Vaccination in Bombay 1913-1923 - 1913-1923
Year: 1913
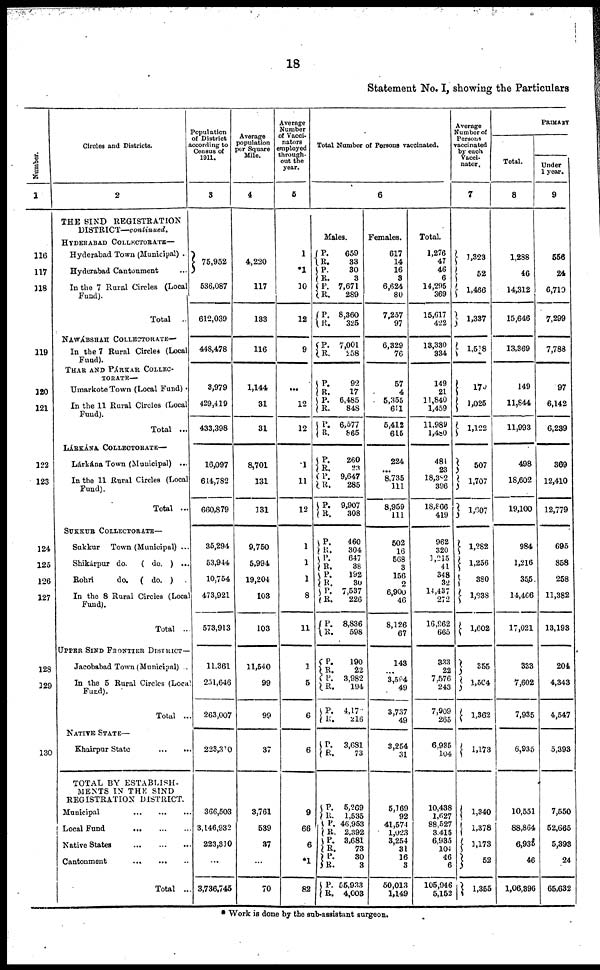
18
Statement No. I, showing the Particulars
Number.
1
116
117
118
119
120
121
122
123
124
125
126
127
128
129
130
Circles and Districts.
2
THE SIND REGISTRATION
DISTRICT—continued.
HYDERABAD COLLECTORATE—
Hyderabad Town (Municipal) ..
Hyderabad Cantonment ...
In the 7 Rural Circles (Local
Fund).
Total ...
NAWÁBSHAH COLLECTORATE—
In the 7 Rural Circles (Local
Fund).
THAR AND PÁRKAR COLLEC-
TORATE—
Umarkote Town (Local Fund) .
In the 11 Rural Circles (Local
Fund).
Total ...
LÁRKÁNA COLLECTORATE—
Lárkána Town (Municipal) ...
In the 11 Rural Circles (Local
Fund).
Total ...
SUKKUR COLLECTORATE—
Sukkur
Town (Municipal) ...
Shikárpur do.
( do. ) ...
Rohri
do.
( do. ) .
In the 8 Rural Circles (Local
Fund).
Total ...
UPPER SIND FRONTIER DISTRICT—
Jacobabad Town (Municipal) ..
In the 5 Rural Circles (Local
Fund).
Total ...
NATIVE STATE—
Khairpur State
...
...
TOTAL BY ESTABLISH-
MENTS IN THE SIND
REGISTRATION DISTRICT.
Municipal
...
...
...
Local Fund
...
...
...
Native States
...
...
...
Cantonment
...
...
...
Total ...
Population
of District
according to
Census of
1911.
3
75,952
536,087
612,039
448,478
3,979
429,419
433,398
16,097
644,782
660,879
35,294
53,944
10,754
473,921
573,913
11,361
251,646
263,007
223,310
366,503
3,146,932
223,310
...
3,736,745
Average
population
per Square
Mile.
4
4,220
117
133
116
1,144
31
31
8,701
131
131
9,750
5,994
19,204
103
103
11,540
99
99
37
3,761
539
37
...
70
Average
Number
of Vacci-
nators
employed
through-
out the
year.
5
1
*1
10
12
9
...
12
12
1
11
12
1
1
1
8
11
1
5
6
6
9
66
6
*1
82
Total Number of Persons vaccinated.
6
Males.
P. R.
P.
R.
P. R.
P.
R.
P. R.
P.
R.
P.
R.
P.
R.
P.
R.
P.
R.
P. R.
P. R.
P.
R. P.
R.
P.
R.
P.
R.
P.
R.
P.
R.
P.
R.
P.
R.
P.
R.
P.
R.
P.
R.
P.
R.
P.
R.
659
33
30
3
7,671
289
8,360
325
7,001
258
92
17
6,485
848
6,577
865
260
23
9,647
285
9,907
308
460
304
647
38
192
30
7,537
226
8,836
598
190
22
3,982
194
4,17
216
3,681
73
5,269
1,535
46,953
2,392
3,681
73
30
3
55,933
4,003
Females.
617
14
16
3
6,624
80
7,257
97
6,329
76
57
4
5,355
611
5,412
615
224
...
8,735
111
8,959
111
502
16
568
3
156
2
6,900
46
8,126
67
143
...
3,594
49
3,737
49
3,254
31
5,169
92
41,574
1,023
3,254
31
16
3
50,013
1,149
Total.
1,276
47
46
6
14,295
369
15,617
422
13,330
334
149
21
11,840
1,459
11,989
l,480
484
23
18,382
396
18,866
419
962
320
1,215
41
348
32
14,437
272
16,962
665
333
22
7,576
243
7,909
265
6,935
104
10,438
1,627
88,527
3,415
6,935
104
46
6
105,946
5,152
Average
Number of
Persons
vaccinated
by each
Vacci-
nator.
7
1,323
52
1,466
1,337
1,518
170
1,025
1,122
507
1,707
1,607
1,282
1,256
380
1,838
1,602
355
1,564
1,362
1,173
1,340
1,378
1,173
52
1,355
PRIMARY
Total.
8
1,288
46
14,312
15,646
13,369
149
11,844
11,993
498
18,602
19,100
984
1,216
355
14,466
17,021
333
7,602
7,935
6,935
10,551
88,864
6,935
46
1,06,396
Under
1 year.
9
556
24
6,710
7,299
7,788
97
6,142
6,239
369
12,410
12,779
695
858
258
11,382
13,193
204
4,343
4,547
5,393
7,550
52,665
5,393
24
65,632
* Work is done by the sub-assistant surgeon.